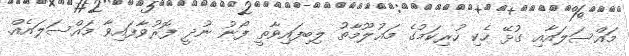
މައްސަލައާއި ގުޅޭ ހެކި ހުރިކަމުގެ މަޢުލޫމާތު ލިބިފައިވާތީ ފޯނު ނުދީ ފޮރުވާފައިވާ މައްސަލައެއް.